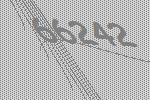
66242